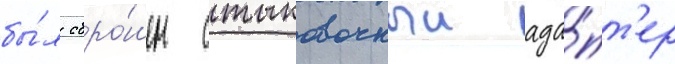
бы́л сбро́шен стыковочныи ада́пт'ер